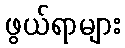
ဖွယ်ရာများ